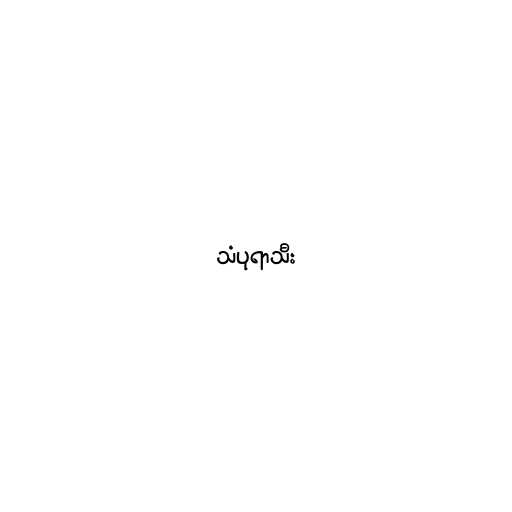
သံပုရာသီး